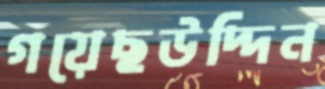
গয়েছউদ্দিন